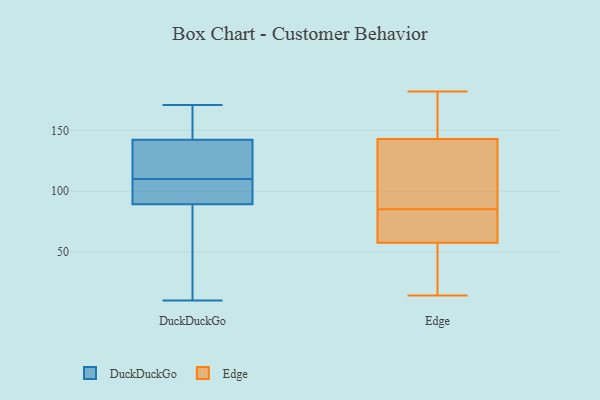
{"axis": {"x": "Conversion Rate (%)", "y": "Value"}, "legend": ["DuckDuckGo", "Edge"], "data": [{"x": "", "y": 138, "type": "DuckDuckGo"}, {"x": "", "y": 171, "type": "DuckDuckGo"}, {"x": "", "y": 123, "type": "DuckDuckGo"}, {"x": "", "y": 87, "type": "DuckDuckGo"}, {"x": "", "y": 95, "type": "DuckDuckGo"}, {"x": "", "y": 105, "type": "DuckDuckGo"}, {"x": "", "y": 86, "type": "DuckDuckGo"}, {"x": "", "y": 96, "type": "DuckDuckGo"}, {"x": "", "y": 110, "type": "DuckDuckGo"}, {"x": "", "y": 162, "type": "DuckDuckGo"}, {"x": "", "y": 10, "type": "DuckDuckGo"}, {"x": "", "y": 90, "type": "DuckDuckGo"}, {"x": "", "y": 169, "type": "DuckDuckGo"}, {"x": "", "y": 155, "type": "DuckDuckGo"}, {"x": "", "y": 120, "type": "DuckDuckGo"}, {"x": "", "y": 84, "type": "DuckDuckGo"}, {"x": "", "y": 119, "type": "DuckDuckGo"}, {"x": "", "y": 48, "type": "Edge"}, {"x": "", "y": 37, "type": "Edge"}, {"x": "", "y": 37, "type": "Edge"}, {"x": "", "y": 151, "type": "Edge"}, {"x": "", "y": 180, "type": "Edge"}, {"x": "", "y": 14, "type": "Edge"}, {"x": "", "y": 67, "type": "Edge"}, {"x": "", "y": 78, "type": "Edge"}, {"x": "", "y": 139, "type": "Edge"}, {"x": "", "y": 133, "type": "Edge"}, {"x": "", "y": 76, "type": "Edge"}, {"x": "", "y": 137, "type": "Edge"}, {"x": "", "y": 182, "type": "Edge"}, {"x": "", "y": 92, "type": "Edge"}, {"x": "", "y": 72, "type": "Edge"}, {"x": "", "y": 147, "type": "Edge"}]}